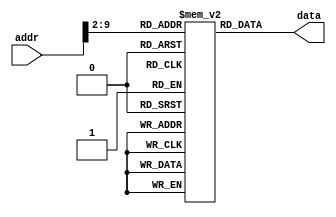
module Instruction_Memory
#(parameter WIDTH = 32, DEPTH = 8)
(
input [WIDTH-1:0] addr,
output reg [WIDTH-1:0] data
);
reg[WIDTH-1:0] rom [0:2**DEPTH-1];

initial
  //$readmemh(" Number_Factorial.mem", rom);
begin
  /********************************FIND GCD FOR 120 and 180********************************/
  
		rom [0]  = 32'h00008020;    //add $s0, $0, $0
		rom [1]  = 32'h20100007;    //addi $s0, $0, 7
		rom [2]  = 32'h00008820;    //add $s1, $0, $0
		rom [3]  = 32'h20110001;    //addi $s1, $0, 1
		rom [4]  = 32'h12000003;    //beq $s1, $0, 3
		rom [5]  = 32'h0230881C;    //mul $s1, $s1, $s0
		rom [6]  = 32'h2210FFFF;    //addi $s0, $s0, -1
		rom [7]  = 32'h08000004;    //J  4
		rom [8]  = 32'hAC110000;    //sw $s1, 0($0)
		
  /********************************FIND FACTORIAL OF NUMBER 7********************************/
  
		   /* rom [0] = 32'h00008020;      // add $s0, $zero, $zero  
        rom [1] = 32'h20100078;      // addi $s0, $zero, 120 
        rom [2] = 32'h00008820;      // add $s1, $zero, $zero 
        rom [3] = 32'h201100B4;      // addi $s1, $zero, 180 
        rom [4] = 32'h00009020;      // add $s2, $zero, $zero 
        rom [5] = 32'h12110006;      // add $s2, $s1, $s1 
        rom [6] = 32'h0211482A;      // sub $s0, $s2, $s1 
        rom [7] = 32'h11200002;      // sw $s0, 2($zero) 
        rom [8] = 32'h02308822;      // sub $s2, $s1, $s0 
        rom [9] = 32'h08000005;      // beq $zero, $s0, 5 
        rom [10] = 32'h02118022;     // sub $s0, $s1, $s0 
        rom [11] = 32'h08000005;     // beq $zero, $s0, 5 
        rom [12] = 32'h00109020;     // sw $s2, 16($s0) 
        rom [13] = 32'hAC120000;     // lw $s2, 0($s0)*/ 
end
always@(*)
data = rom[addr>>2];

endmodule